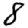
Digit: 8